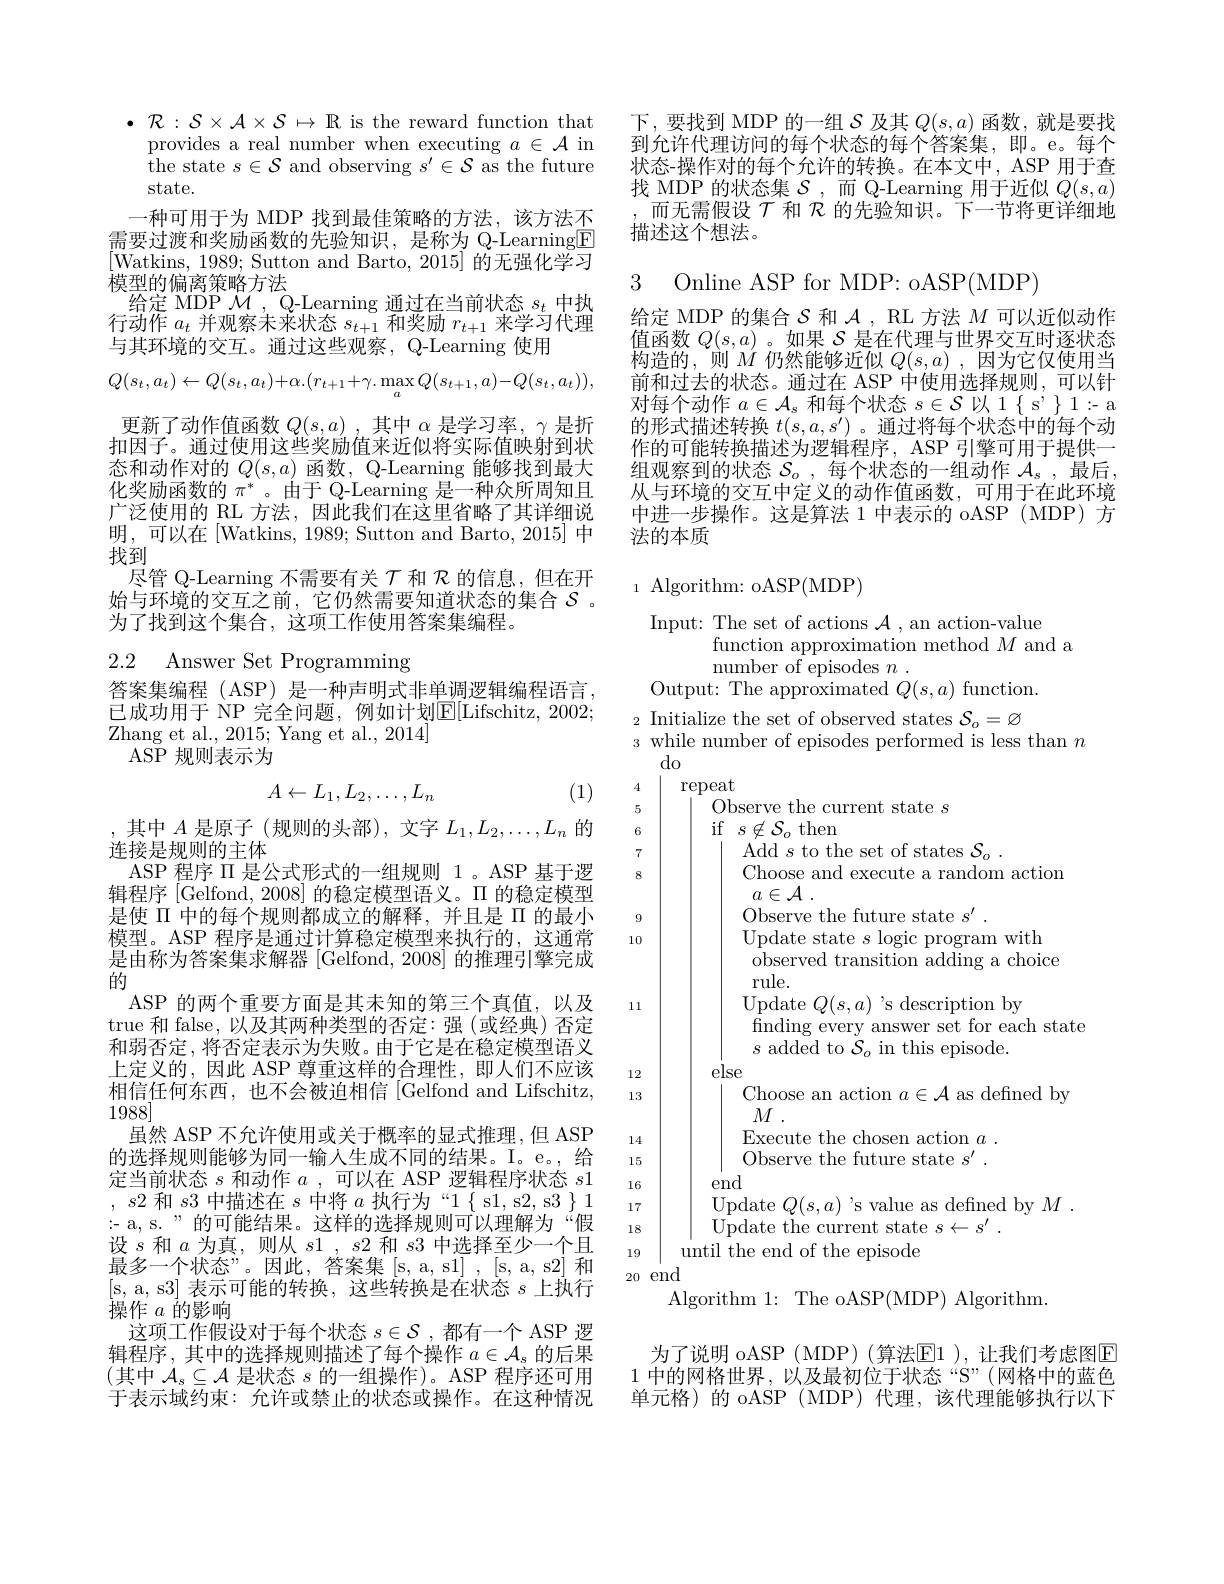
$\bullet{\mathcal{R}}:S\times{\mathcal{A}}\times{\mathcal{S}}\mapsto{\mathbb{R}}$ is the reward function that
provides a real number when executing $a\in\mathcal{A}$ in the state $s\in\mathcal{S}$ and observing $s^\prime\in\mathcal{S}$ as the future state.
一种可用于为 MDP 找到最佳策略的方法，该方法不需要过渡和奖励函数的先验知识，是称为 Q-Learning$\boxed{\mathrm{F}}$ [Watkins, 1989; Sutton and Barto, 2015] 的无强化学习模型的偏离策略方法
给定 MDP $\mathcal{M}$, Q-Learning 通过在当前状态$s_t$中执行动作$a_t$并观察未来状态$s_t+1$和奖励$r_t+1$来学习代理与其环境的交互。通过这些观察，Q-Learning 使用
$$Q(s_t,a_t)\leftarrow Q(s_t,a_t)+\alpha.(r_{t+1}+\gamma.\max_{a}Q(s_{t+1},a)-Q(s_{t},a_{t})),$$
更新了动作值函数$Q(s,a)$ ,其中$\alpha$是学习率，$\gamma$是折扣因子。通过使用这些奖励值来近似将实际值映射到状态和动作对的$Q(s,a)$函数 , Q-Learning 能够找到最大化奖励函数的$\pi^*$。由于 Q-Learning 是一种众所周知且广泛使用的 RL 方法，因此我们在这里省略了其详细说明，可以在[Watkins, 1989; Sutton and Barto, 2015] 中找到
尽管 Q-Learning 不需要有关$\mathcal{T}$和$\mathcal{R}$的信息，但在开始与环境的交互之前，它仍然需要知道状态的集合$S$ 。为了找到这个集合，这项工作使用答案集编程。
2.2 Answer Set Programming

答案集编程(ASP) 是一种声明式非单调逻辑编程语言， 已成功用于 NP 完全问题，例如计划$\underline{\mathrm{E}}[$Lifschitz,2002; Zhang et al. , 2015; Yang et al. , 2014]
ASP 规则表示为
$$A\leftarrow L_1,L_2,\ldots,L_n$$
,其中$A$是原子(规则的头部),文字$L_1,L_2,\ldots,L_n$的

(1)

连接是规则的主体
ASP 程序$\Pi$是公式形式的一组规则 1。ASP 基于逻

辑程序[Gelfond, 2008] 的稳定模型语义。$\Pi$的稳定模型是使 II 中的每个规则都成立的解释，并且是 II 的最小模型。ASP 程序是通过计算稳定模型来执行的，这通常是由称为答案集求解器[Gelfond,2008]的推理引擎完成的
ASP 的两个重要方面是其未知的第三个真值，以及true 和 false, 以及其两种类型的否定：强 (或经典) 否定和弱否定，将否定表示为失败。由于它是在稳定模型语义上定义的，因此 ASP 尊重这样的合理性，即人们不应该相信任何东西，也不会被迫相信[Gelfond and Lifschitz, 1988]
虽然 ASP 不允许使用或关于概率的显式推理，但 ASP 的选择规则能够为同一输入生成不同的结果。I。e。, 给定当前状态$s$和动作$a$ ,可以在 ASP 逻辑程序状态$s1$ $, \textit{s2 和 }s3$中描述在$s$中将$a$执行为“1$\{$ s1, s2, s3 $\}1$ $:-a,s.”的可能结果。这样的选择规则可以理解为“假$ 设$s$和$a$为真，则从$s1,s2$和$s3$中选择至少一个且最多一个状态”。因此，答案集 [s, a, s1] , [s, a, s2] 和[s, a, s3] 表示可能的转换，这些转换是在状态$s$上执行操作$a$的影响
这项工作假设对于每个状态$s\in\mathcal{S}$ ,都有一个 ASP 逻辑程序，其中的选择规则描述了每个操作$a\in\mathcal{A}_s$的后果(其中$\mathcal{A}_s\subseteq\mathcal{A}$是状态$s$的一组操作)。ASP 程序还可用于表示域约束：允许或禁止的状态或操作。在这种情况

下，要找到 MDP 的一组$S$及其$Q(s,a)$函数，就是要找到允许代理访问的每个状态的每个答案集，即。e。每个状态-操作对的每个允许的转换。在本文中，ASP 用于查找 MDP 的状态集$\mathcal{S}$,而 Q-Learning 用于近似$Q(s,a)$
而无需假设$\tau$和$\bar{\mathcal{R}}$的先验知识。下一节将更详细地
描述这个想法。

3 Online ASP for MDP: oASP(MDP)

给定 MDP 的集合$\mathcal{S}$和$\mathcal{A}$, RL 方法$M$可以近似动作值函数$Q(s,a)$ 。如果$\mathcal{S}$是在代理与世界交互时逐状态构造的，则$M$仍然能够近似$Q(s,a)$,因为它仅使用当前和过去的状态。通过在 ASP 中使用选择规则，可以针对每个动作$a\in\mathcal{A}_s$和每个状态$s\in\mathcal{S}$以 1$\{$ s'$\}1:$- a 的形式描述转换$t(s,a,s^{\prime})$ 。通过将每个状态中的每个动作的可能转换描述为逻辑程序，ASP 引擎可用于提供一组观察到的状态$\mathcal{S}_o$,每个状态的一组动作$\mathcal{A}_s$,最后， 从与环境的交互中定义的动作值函数，可用于在此环境中进一步操作。这是算法 1 中表示的 oASP ( MDP) 方法的本质

## $_{1}$ Algorithm: oASP(MDP)

Input: The set of actions $\mathcal{A}$, an action-value
function approximation method $M$ and a
number of episodes $n$ .
Output: The approximated $Q(s,a)$ function. $_2$ Initialize the set of observed states $\mathcal{S}_o=\varnothing$ s while number of episodes performed is less than $n$
do
4
repeat
5
Observe the current state $s$
6
${\mathrm{if}}$ $s\not \in \mathcal{S} _{o}$then
7
Add $s$ to the set of states $\mathcal{S}_o.$
8
Choose and execute a random action
$a\in \mathcal{A}$ .
Observe the future state $s^\prime.$
910
Update state $s$ logic program with observed transition adding a choice rule.
11
$\begin{array}{l}{\mathrm{Update~}Q(s,a)~'s~description~by}\\{\mathrm{finding~every~answer~set~for~each~state}}\end{array}$
$s$ added to $\bar{\mathcal{S}}_o$ in this episode.
else
1213
Choose an action $a\in\mathcal{A}$ as defined by
$M$ .
$\operatorname { \mathrm{Execute~the~chosen~action~}} a$ .
14
Observe the future state $s^\prime.$
15
end
1617
Update $Q(s,a)$ 's value as defined by $M.$
18
Update the current state $s\leftarrow s^\prime.$
until the end of the episode
19
20 end
Algorithm 1: The oASP(MDP) Algorithm.
为了说明 oASP ( MDP) (算法$\boxed{\mathrm{E}}1$ ),让我们考虑图E 1中的网格世界，以及最初位于状态“S”(网格中的蓝色

单元格)的 oASP (MDP) 代理，该代理能够执行以下